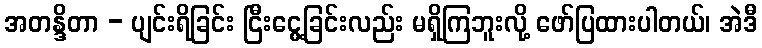
အတန္ဒိတာ - ပျင်းရိခြင်း ငြီးငွေ့ခြင်းလည်း မရှိကြဘူးလို့ ဖော်ပြထားပါတယ်၊ အဲဒီ